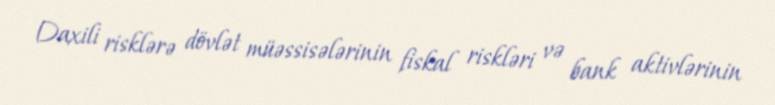
Daxili risklərə dövlət müəssisələrinin fiskal riskləri və bank aktivlərinin